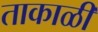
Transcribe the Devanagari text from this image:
ताकाळी